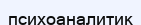
психоаналитик